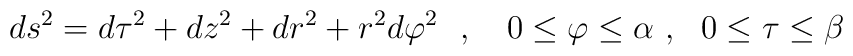
ds^2=d\tau ^2+dz^2+dr^2+r^2d\varphi ^2~~,~~~0\leq\varphi \leq\alpha~,~~0\leq\tau\leq\beta~~~